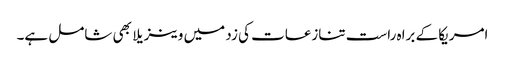
امریکا کے براہ راست تنازعات کی زد میں وینزیلا بھی شامل ہے۔